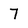
Character: 7